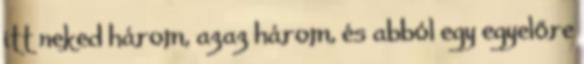
itt neked három, azaz három, és abból egy egyelőre